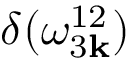
\delta ( \omega _ { 3 { \bf k } } ^ { 1 2 } )